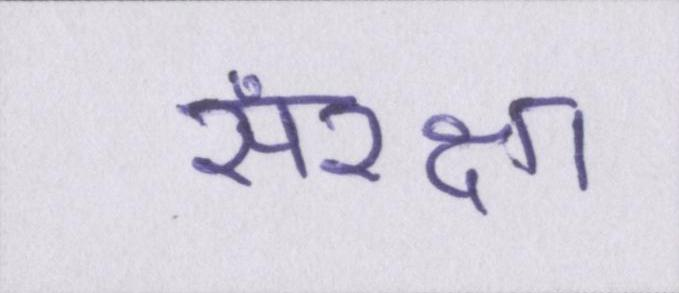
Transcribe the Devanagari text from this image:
संरक्षा